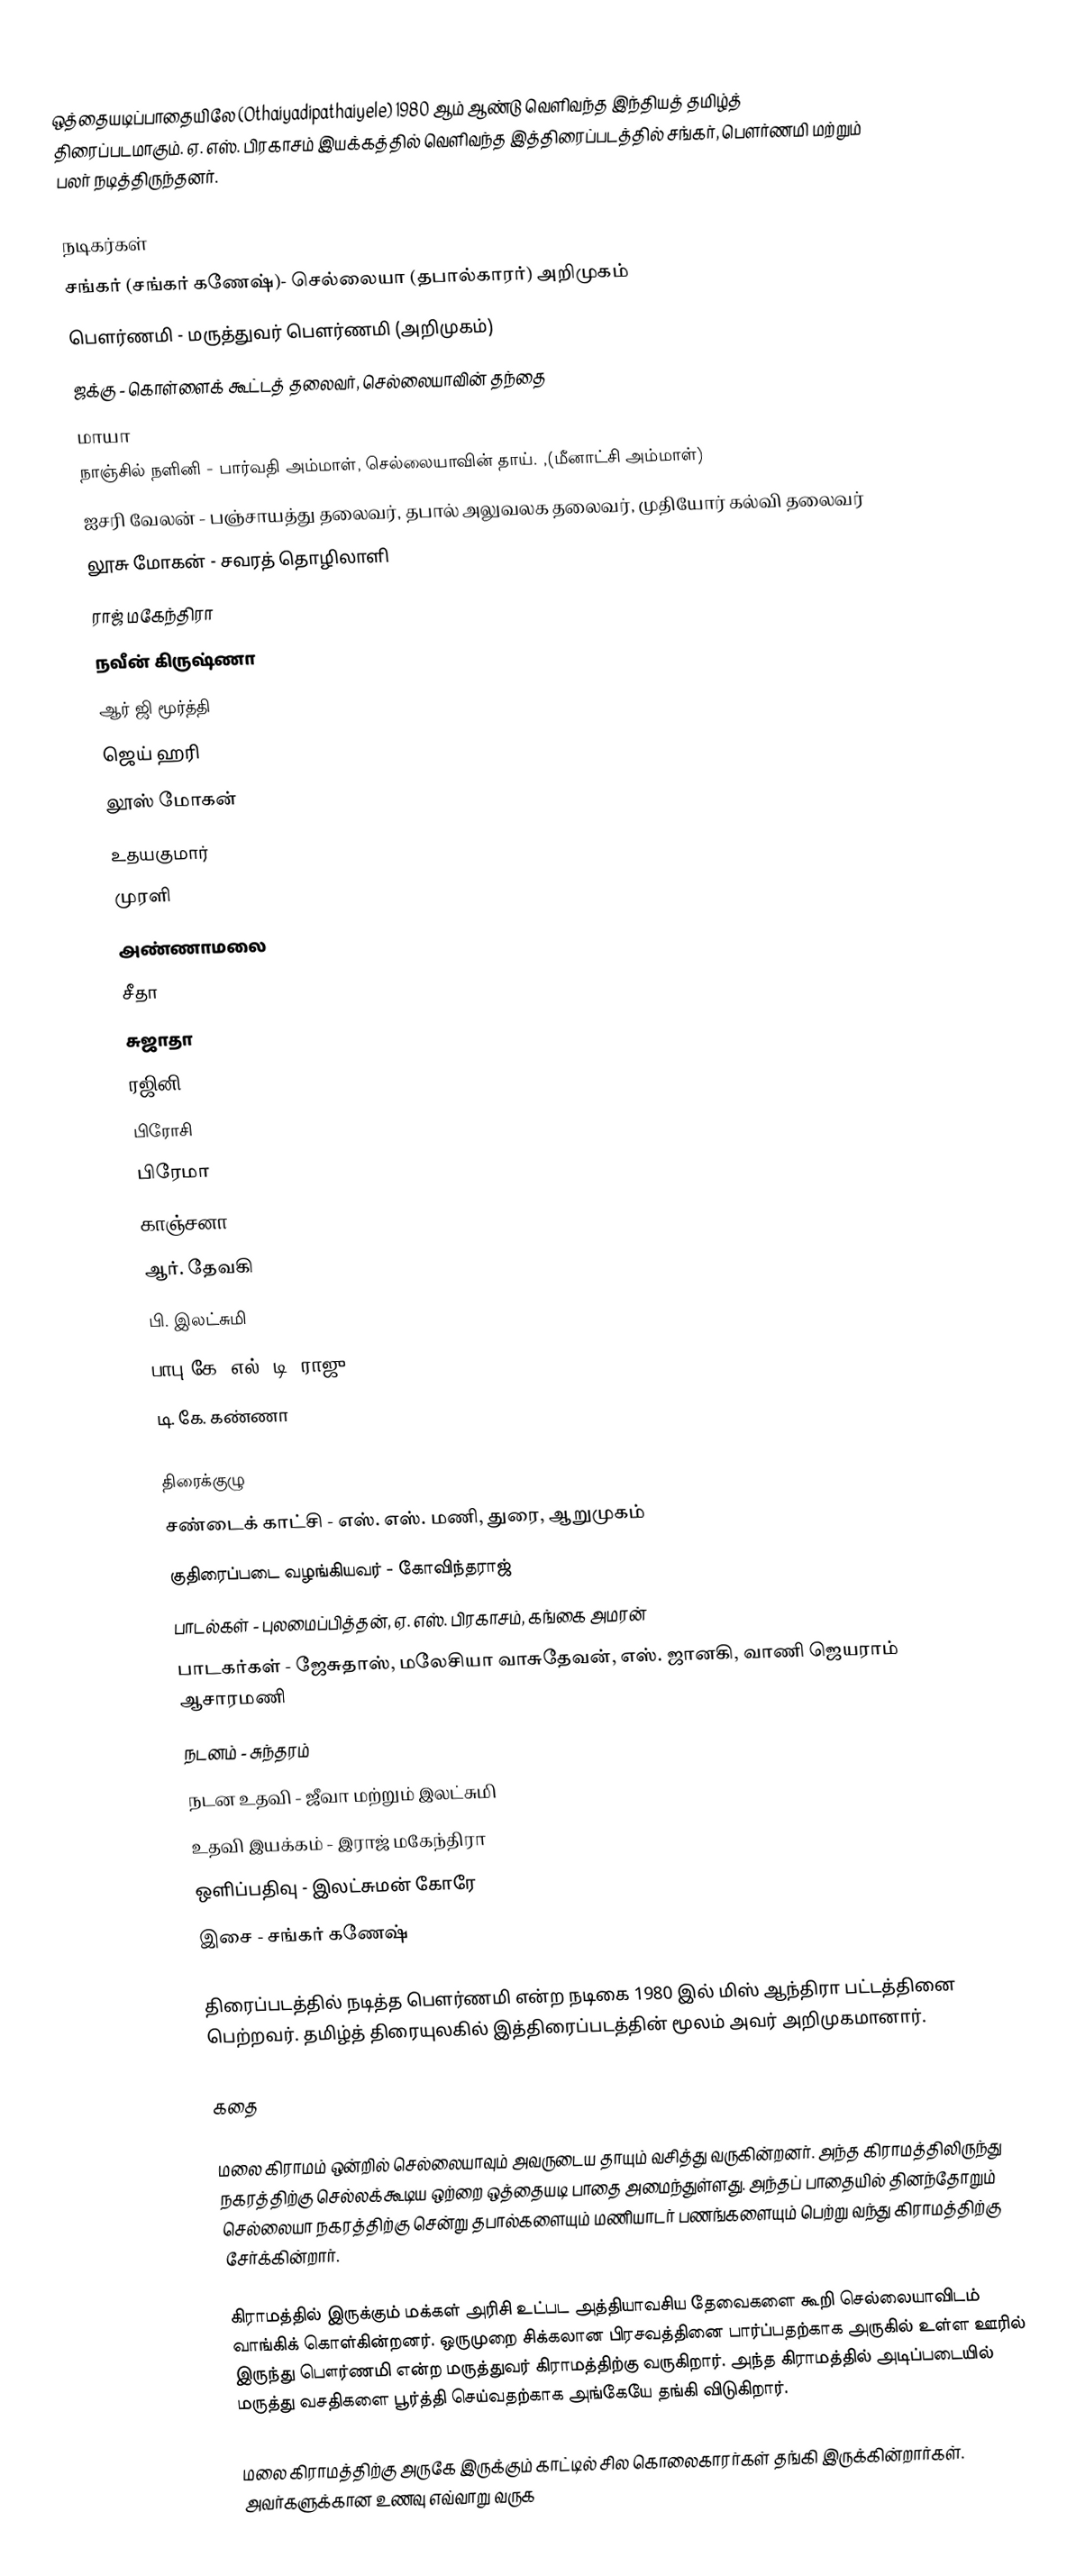
ஒத்தையடிப்பாதையிலே (Othaiyadipathaiyele) 1980 ஆம் ஆண்டு வெளிவந்த இந்தியத் தமிழ்த் திரைப்படமாகும். ஏ. எஸ். பிரகாசம் இயக்கத்தில் வெளிவந்த இத்திரைப்படத்தில் சங்கர், பௌர்ணமி மற்றும் பலர் நடித்திருந்தனர்.

நடிகர்கள்
 சங்கர் (சங்கர் கணேஷ்)- செல்லையா (தபால்காரர்) அறிமுகம்
 பௌர்ணமி - மருத்துவர் பௌர்ணமி (அறிமுகம்)
 ஜக்கு - கொள்ளைக் கூட்டத் தலைவர், செல்லையாவின் தந்தை
 மாயா
 நாஞ்சில் நளினி - பார்வதி அம்மாள், செல்லையாவின் தாய். ,(மீனாட்சி அம்மாள்)
 ஐசரி வேலன் - பஞ்சாயத்து தலைவர், தபால் அலுவலக தலைவர், முதியோர் கல்வி தலைவர்
 லூசு மோகன் - சவரத் தொழிலாளி
 ராஜ் மகேந்திரா
 நவீன் கிருஷ்ணா
 ஆர் ஜி மூர்த்தி
 ஜெய் ஹரி
 லூஸ் மோகன்
 உதயகுமார்
 முரளி
 அண்ணாமலை
 சீதா
 சுஜாதா
 ரஜினி
 பிரோசி
 பிரேமா
 காஞ்சனா
 ஆர். தேவகி
 பி. இலட்சுமி
 பாபு கே. எல். டி. ராஜு
 டி. கே. கண்ணா

திரைக்குழு
 சண்டைக் காட்சி - எஸ். எஸ். மணி, துரை, ஆறுமுகம்
 குதிரைப்படை வழங்கியவர் - கோவிந்தராஜ்
 பாடல்கள் - புலமைப்பித்தன், ஏ. எஸ். பிரகாசம், கங்கை அமரன்
 பாடகர்கள் - ஜேசுதாஸ், மலேசியா வாசுதேவன், எஸ். ஜானகி, வாணி ஜெயராம் ஆசாரமணி
 நடனம் - சுந்தரம்
 நடன உதவி - ஜீவா மற்றும் இலட்சுமி
 உதவி இயக்கம் - இராஜ் மகேந்திரா
 ஒளிப்பதிவு - இலட்சுமன் கோரே
 இசை - சங்கர் கணேஷ்

திரைப்படத்தில் நடித்த பௌர்ணமி என்ற நடிகை 1980 இல் மிஸ் ஆந்திரா பட்டத்தினை பெற்றவர். தமிழ்த் திரையுலகில் இத்திரைப்படத்தின் மூலம் அவர் அறிமுகமானார்.

கதை

மலை கிராமம் ஒன்றில் செல்லையாவும் அவருடைய தாயும் வசித்து வருகின்றனர். அந்த கிராமத்திலிருந்து நகரத்திற்கு செல்லக்கூடிய ஒற்றை ஒத்தையடி பாதை அமைந்துள்ளது. அந்தப் பாதையில் தினந்தோறும் செல்லையா நகரத்திற்கு சென்று தபால்களையும் மணியாடர் பணங்களையும் பெற்று வந்து கிராமத்திற்கு சேர்க்கின்றார்.

கிராமத்தில் இருக்கும் மக்கள் அரிசி உட்பட அத்தியாவசிய தேவைகளை  கூறி செல்லையாவிடம் வாங்கிக் கொள்கின்றனர். ஒருமுறை சிக்கலான பிரசவத்தினை பார்ப்பதற்காக அருகில் உள்ள ஊரில் இருந்து பௌர்ணமி என்ற மருத்துவர் கிராமத்திற்கு வருகிறார். அந்த கிராமத்தில் அடிப்படையில் மருத்து வசதிகளை பூர்த்தி செய்வதற்காக அங்கேயே தங்கி விடுகிறார்.

மலை கிராமத்திற்கு அருகே இருக்கும் காட்டில் சில கொலைகாரர்கள் தங்கி இருக்கின்றார்கள். அவர்களுக்கான உணவு எவ்வாறு வருக